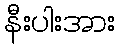
နီးပါးအား